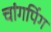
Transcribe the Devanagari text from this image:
चांगपिंग